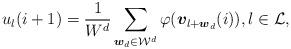
LaTeX: \begin{align*} u_{l}(i+1) = \frac{1}{W^{d}}\sum_{\boldsymbol{w}_{d}\in\mathcal{W}^{d}}\varphi(\boldsymbol{v}_{l+\boldsymbol{w}_{d}}(i)), l\in\mathcal{L}, \end{align*}